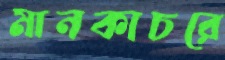
মানকাচরে